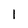
Character: 1